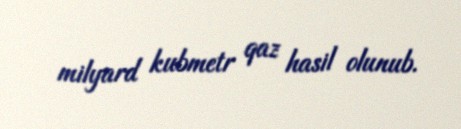
milyard kubmetr qaz hasil olunub.